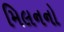
મિલનનો